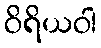
ဝိရိယဝါ